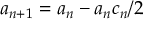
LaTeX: a _ { n + 1 } = a _ { n } - a _ { n } c _ { n } / 2 \,